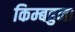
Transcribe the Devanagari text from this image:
किम्बहुना